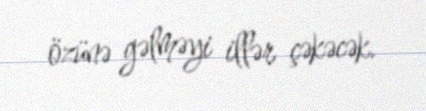
özünə gəlməyi illər çəkəcək.